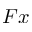
F x